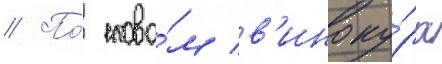
// По́ слова́м в'иноку́ра